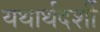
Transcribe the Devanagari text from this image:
यथार्थदर्शी